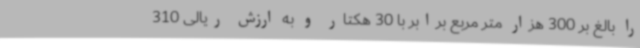
را بالغ بر 300 هزار متر مربع برابر با 30 هکتار و به ارزش ریالی 310